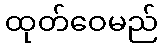
ထုတ်ဝေမည်